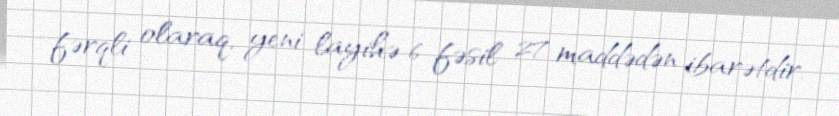
fərqli olaraq, yeni layihə 6 fəsil 27 maddədən ibarətdir.